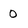
Character: 0